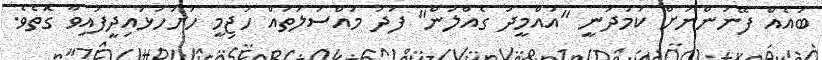
ބައެއް ފޭނުންނަށް ކަމުދަނީ "އުއްމީދު ގެއްލުން" ފަދަ މައްސަލަތައް ހަޖިމީ ހުށަހަޅައިދީފައިވާ ގޮތެވެ.